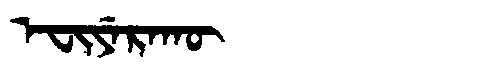
Manchu: ᡝᠸᡳᠶᡝᡵᠠᡴᡡ
Romanization: EFIYERAKŪ